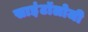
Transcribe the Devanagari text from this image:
साइंटॉलोजी